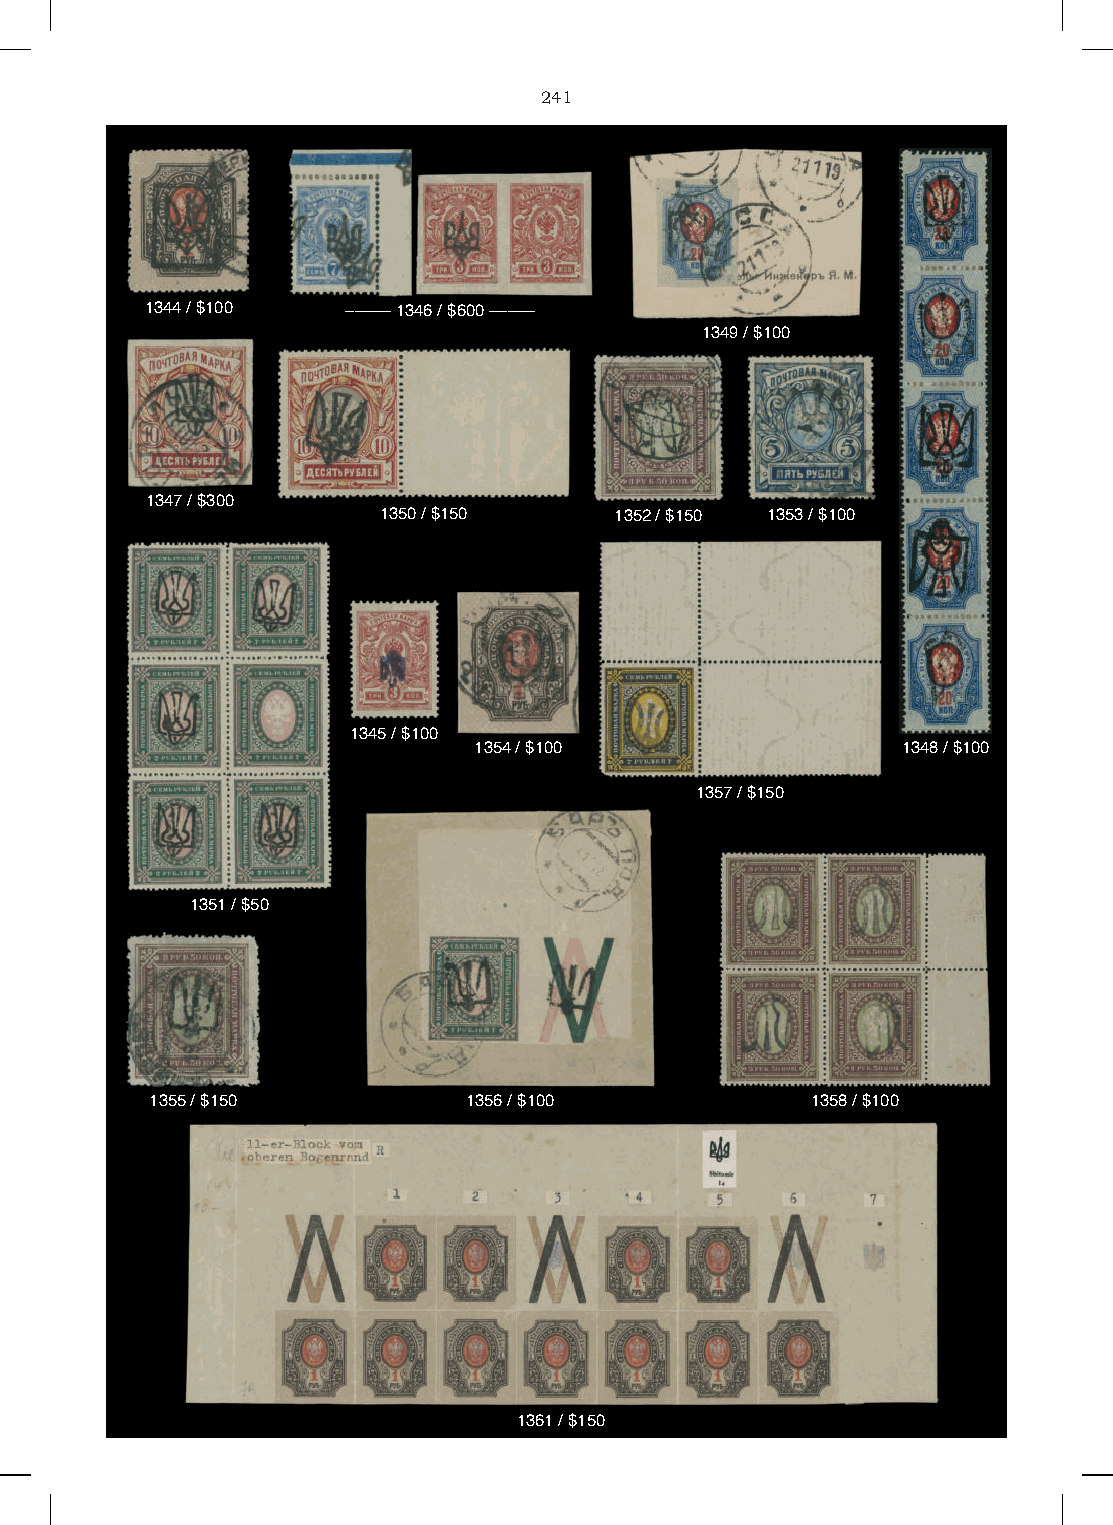
241
 1344 / $100  ––––– 1346 / $600 –––––
 1349 / $100
 1347 / $300
 1350 / $150     1352 / $150 1353 / $100
 1345 / $100
 1354 / $100                  1348 / $100
 1357 / $150
 1351 / $50
 1355 / $150          1356 / $100            1358 / $100
 1361 / $150